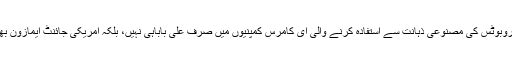
ویئر ہاؤس میں روبوٹس کی مصنوعی ذہانت سے استفادہ کرنے والی ای کامرس کمپنیوں میں صرف علی باباہی نہیں، بلکہ امریکی جائنٹ ایمازون بھی پیش پیش ہے۔